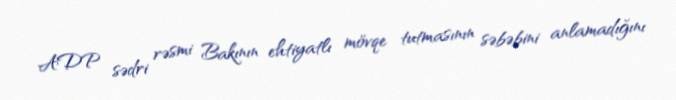
ADP sədri rəsmi Bakının ehtiyatlı mövqe tutmasının səbəbini anlamadığını